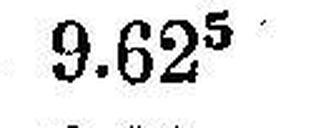
9.625